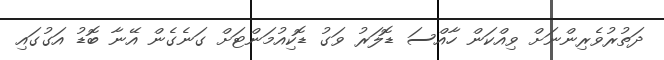
ދަތުރުވެރިންނަށް ވިއްކަން ހާއްސަ ޑޮލަރު ވަގު ޑޮކިއުމަންޓަށް ގަނެގެން އޭނާ ބޮޑު އަގުގައި